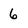
Character: 6